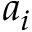
a _ { i }